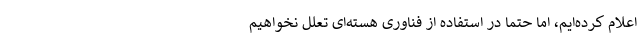
اعلام کرده‌ایم، اما حتماً در استفاده از فناوری هسته‌ای تعلل نخواهیم